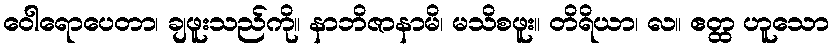
ဝေါရောပေတာ၊ ချဖူးသည်ကို။ နာဘိဇာနာမိ၊ မသိစဖူး။ တိရိယာ၊ လ။ ဧတ္ထ ဟူသော